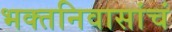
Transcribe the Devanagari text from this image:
भक्तनिवासांचं